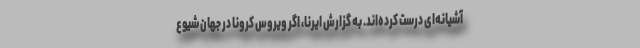
آشیانه‌ای درست کرده‌اند. به گزارش ایرنا، اگر ویروس کرونا در جهان شیوع